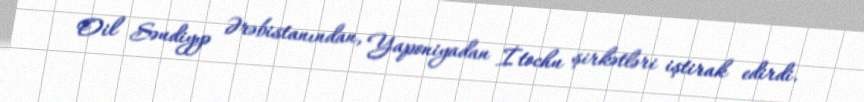
Oil Səudiyyə Ərəbistanından, Yaponiyadan İtochu şirkətləri iştirak edirdi.